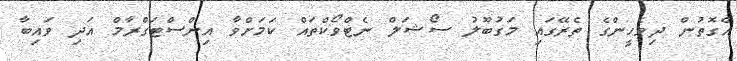
އެގޮތުން ދިވެހީންގެ ތެރޭގައި މަގުބޫލު ސޯޝަލް ނެޓްވޯކްތައް ކަމަށްވާ އިންސްޓަގްރާމް އަދި ވައިބާ